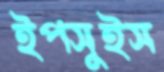
ইপসুইস